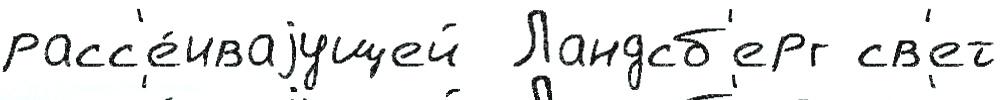
расс'е́иваjущей  Ландсб'ерг св'ет